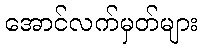
အောင်လက်မှတ်များ